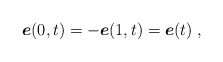
\begin{align*}{\mbox{\boldmath $e$}}(0,t)= -{\mbox{\boldmath $e$}}(1,t)= {\mbox{\boldmath $e$}}(t)\;, \end{align*}